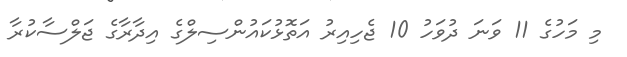
މި މަހުގެ 11 ވަނަ ދުވަހު 10 ޖެހިއިރު އަތޮޅުކައުންސިލްގެ އިދާރާގެ ޖަލްސާކުރާ